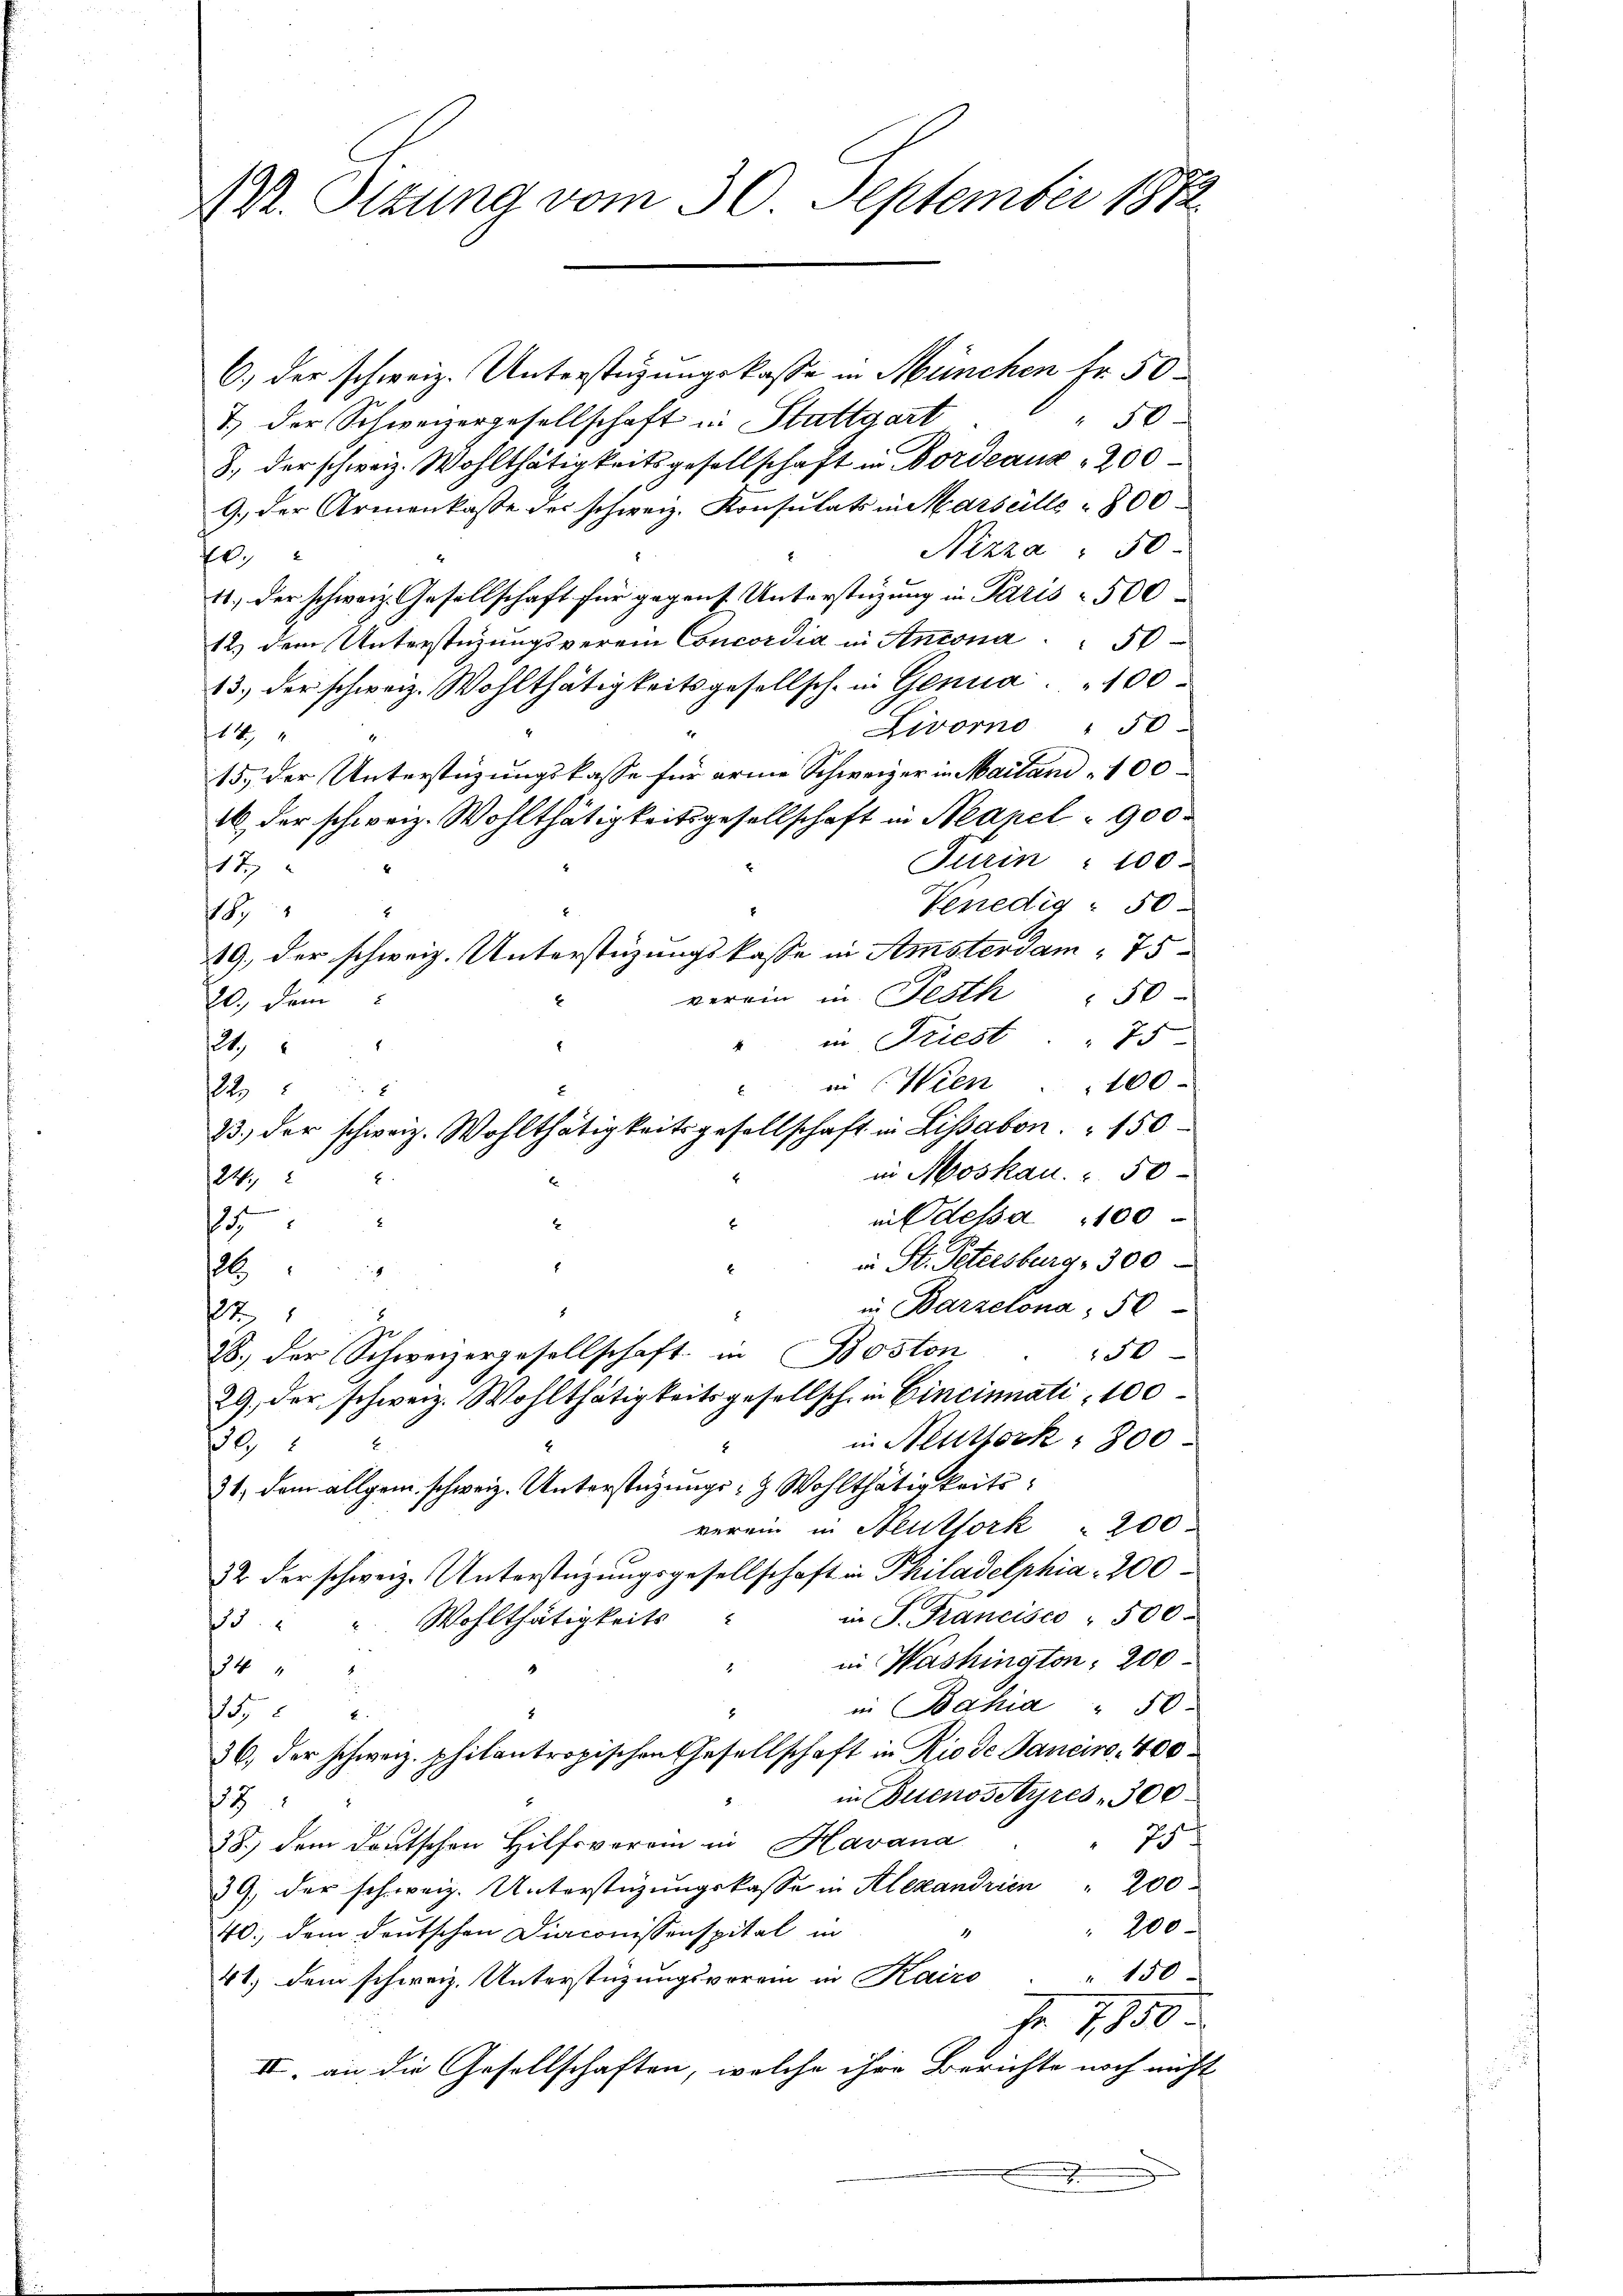
R. Ottung vom 30. September 1872.

6.) der schweiz. Unterstüzungskasse in München fr. 50
50
7.) Der Schweizergesellschaft in Stuttgart
8., der schweiz. Wohlthätigkeitsgesellschaft in Bordeaux 200
9.) Der Armenkasse des schweiz. Konsulats in Marseille 800
Nizza " 50
0.
4., der schweiz. Gesellschaft für gegens Unterstüzung in Paris - 500
12.) dem Unterstüzungsverein Concordia in Antona
13.) der schweiz. Wohlthätigkeitsgesellsch in Genua 100
Livorno " 50
14 x
15.) Der Unterstüzungskasse für arme Schweizer in Mailand 100
16 der schweiz. Wohlthätigkeitsgesellschaft in Neapel 900
Jurin " 100.
11
s
Venedig - 50
2
18
19. der schweiz. Unterstüzungskasse in Amsterdam " 75
verein in Festh " 50
20., dem
in Friest . " 75
24.
in (Wien . . 100
22
in Moskau " 50
24.
in Odessa 100
74
2
in St. Petersburg , 300
1
26
in Barzelona, 50
27
se
50
28.) Der Schweizergesellschaft in Boston
29, der schweiz. Wohlthätigkeitsgesellsch in Cincinati, 100
in Neustock " 800
20
8
31, dem allgem. schweiz. Unterstüzungs- & Wohlthätigkeitsverein in Neuthork " 200.
32 der schweiz. Unterstüzungsgesellschaft in Philadelphia - 200
in P. Francisco . 500.
33. " " Wohlthätigkeits
in Washington, 200
24
in Bahia " 50.
55 2
36., der schweiz. philantropischen Gesellschaft in Rio de Sanciro, 400
in Buenosstyres 300
37
J
28.) dem deutschen Hilfsverein in Havana
39, der schweiz. Unterstüzungskasse in Alexandrien " 200
" 200
40; dem deutschen Diaconissenspital in
41. dem schweiz. Unterstützungsvorein in Kairo . " 150
Fr. 1850
II. an die Gesellschaften, welche ihre Berichte noch nicht
x

4
33.) der schweiz. Wohlthätigkeitsgesellschaft in Lissabon " 150